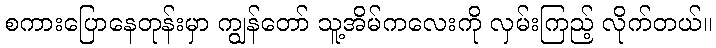
စကားပြောနေတုန်းမှာ ကျွန်တော် သူ့အိမ်ကလေးကို လှမ်းကြည့် လိုက်တယ်။